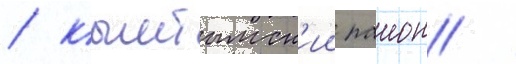
/ кыштымск'ии раион /